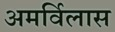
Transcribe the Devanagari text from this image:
अमर्विलास